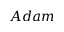
A d a m